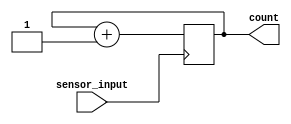
module Detector(
	input sensor_input,
	output reg count);
	
	initial 
		count = 0;

	always @(posedge sensor_input) 
	begin
		count <= count +1'b1;
	end
endmodule